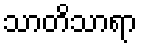
သာတိသာရာ